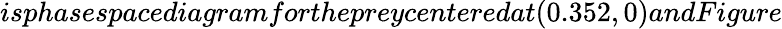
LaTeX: isphasespacediagramforthepreycenteredat(0.352,0)andFigure